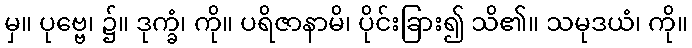
မှ။ ပုဗ္ဗေ၊ ၌။ ဒုက္ခံ၊ ကို။ ပရိဇာနာမိ၊ ပိုင်းခြား၍ သိ၏။ သမုဒယံ၊ ကို။